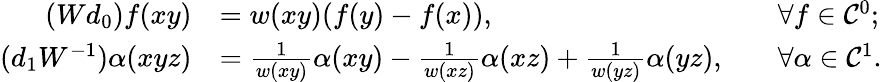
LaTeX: \begin{array}{rlrl}{(Wd_{0})f(xy)}&{=w(xy)(f(y)-f(x)),}&&{\forall f\in\mathcal{C}^{0};}\\ {(d_{1}W^{-1})\alpha(xyz)}&{=\frac{1}{w(xy)}\alpha(xy)-\frac{1}{w(xz)}\alpha(xz)+\frac{1}{w(yz)}\alpha(yz),}&&{\forall\alpha\in\mathcal{C}^{1}.}\end{array}